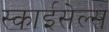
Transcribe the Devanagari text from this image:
स्काईसेल्स